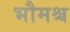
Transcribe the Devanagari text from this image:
भौमश्च